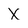
Character: x